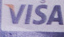
VISA